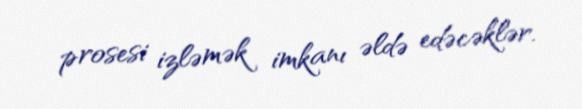
prosesi izləmək imkanı əldə edəcəklər.